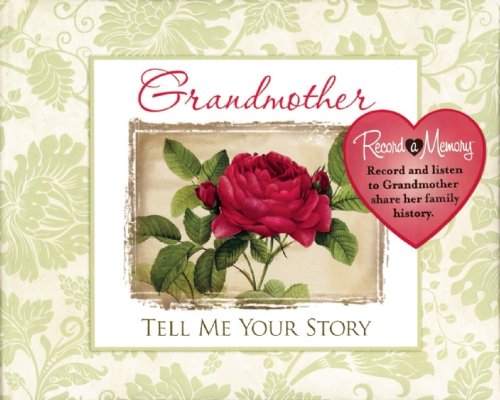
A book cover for Record a Memory Grandma Tell Me Your Story; Editors of Publications International Ltd.; Parenting & Relationships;